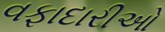
વફાદારીઓ